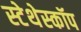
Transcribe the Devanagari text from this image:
स्‍टेथेस्‍कॉप